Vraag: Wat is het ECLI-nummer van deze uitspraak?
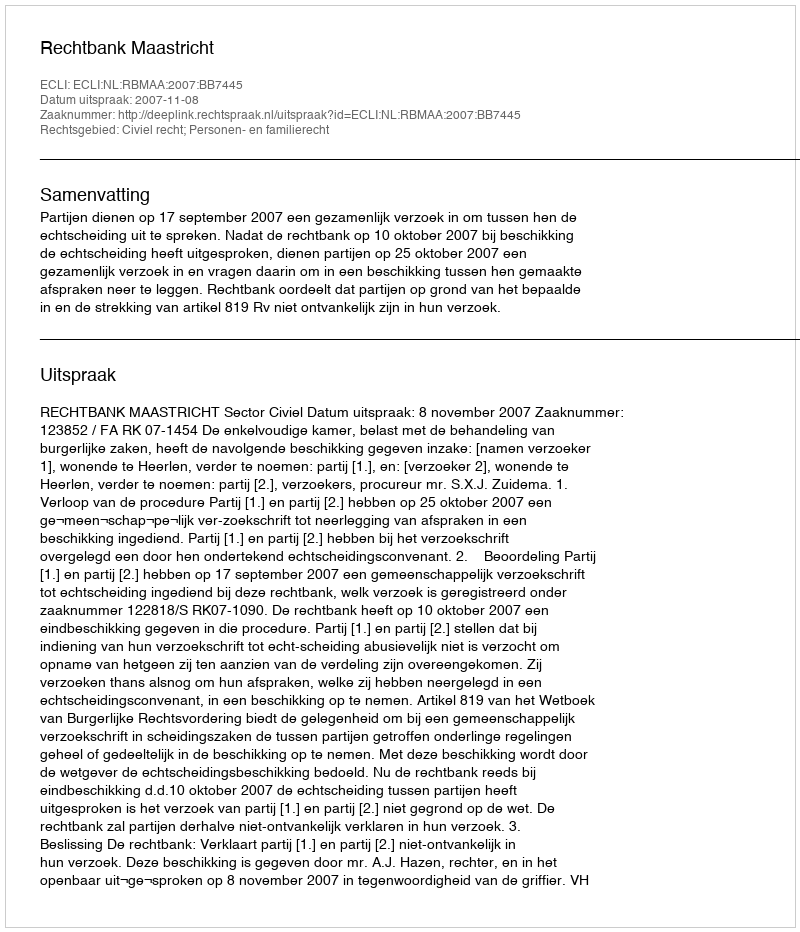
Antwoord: ECLI:NL:RBMAA:2007:BB7445